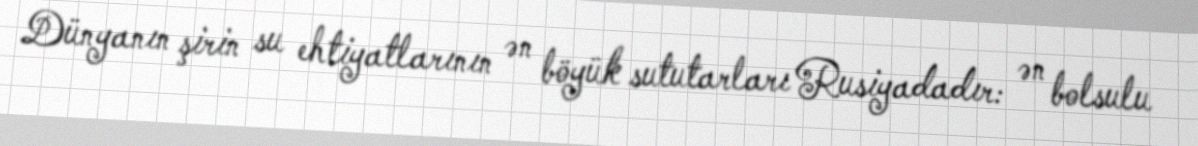
Dünyanın şirin su ehtiyatlarının ən böyük sututarları Rusiyadadır: ən bolsulu